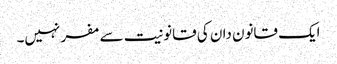
ایک قانون دان کی قانونیت سے مفر نہیں۔